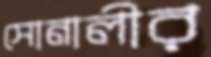
সোনালীর